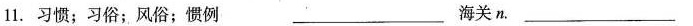
11.习惯；习俗；风俗；惯例___ 海关n.___